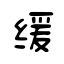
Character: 缓